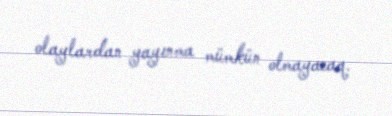
olaylardan yayınma mümkün olmayacaq.